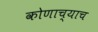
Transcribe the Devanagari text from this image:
कोणाच्याच